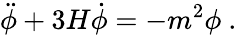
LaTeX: \ddot{\phi}+3H\dot{\phi}=-m^{2}\phi\ .